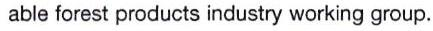
able forest products industry working group.